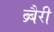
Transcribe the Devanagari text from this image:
ब्र्बैरी